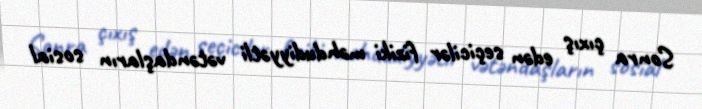
Sonra çıxış edən seçicilər fiziki məhdudiyyətli vətəndaşların sosial